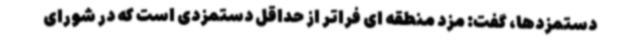
دستمزدها، گفت: مزد منطقه ای فراتر از حداقل دستمزدی است که در شورای